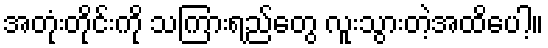
အတုံးတိုင်းကို သကြားရည်တွေ လူးသွားတဲ့အထိပေါ့။